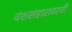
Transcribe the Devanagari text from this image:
वंशसंहारावरची